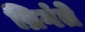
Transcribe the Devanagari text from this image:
ब्रिगंते